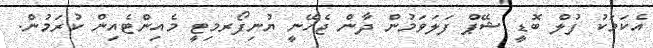
އެކަމަކު ފުލް ބޮޑީ ޝޭޕް ފަލަވަމުން ދާން ޖެހޭނީ ޔުނިފޯރމިޓީ މެއިންޓެއިން ކުރަމުން.